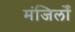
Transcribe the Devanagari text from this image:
मंजिलोँ